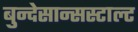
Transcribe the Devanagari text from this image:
बुन्देसान्सस्टाल्ट